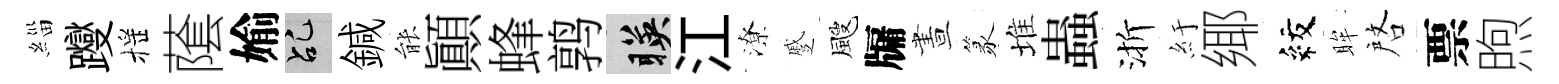
緇躞摇䕃媮乩鍼䏻顚蜂鹑暎江潦蹙颼牖晝篆堆蟲渐紆鄊紋眸啓票煦